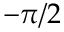
- \pi / 2